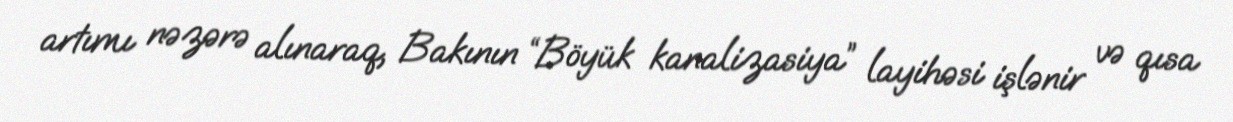
artımı nəzərə alınaraq, Bakının “Böyük kanalizasiya” layihəsi işlənir və qısa